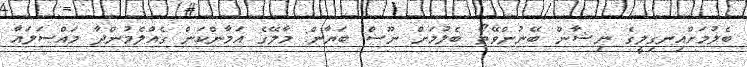
ބެލުމަށްއިނގިލީގެ ނިޝާން ބޭނުންވޭތޯ ބެލުމަށް ނޫސް ބަޔާން: މާލޭގެ އަމާންކަން ގެއްލެމުންދާ މައްސަލައާ